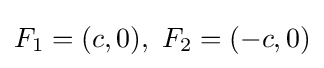
F_{1}=(c,0),\ F_{2}=(-c,0)